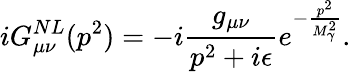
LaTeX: iG_{\mu\nu}^{NL}(p^{2})=-i\frac{g_{\mu\nu}}{p^{2}+i\epsilon}e^{-\frac{p^{2}}{M_{\gamma}^{2}}}.